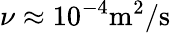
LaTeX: \nu\approx 10^{-4}\mathrm{m^{2}/s}